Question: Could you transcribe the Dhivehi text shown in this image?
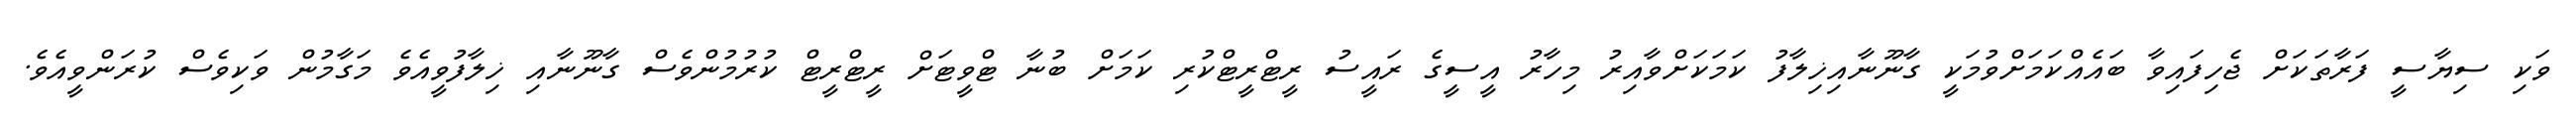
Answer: ވަކި ސިޔާސީ ފަރާތަކަށް ޖެހިފައިވާ ބައެއްކަމަށްވުމަކީ ގާނޫނާއިޚިލާފު ކަމަކަށްވާއިރު މިހާރު އީސީގެ ރައީސު ރީޓްރީޓްކުރި ކަމަށް ބުނާ ޓްވީޓަށް ރީޓްރީޓް ކުރުމުންވެސް ގާނޫނާއި ޚިލާފުވީއެވެ މަގާމުން ވަކިވެސް ކުރަންވީއެވެ.